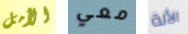
الأمل معي الألة